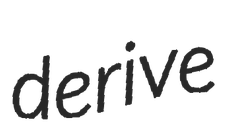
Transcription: derive